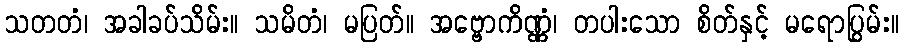
သတတံ၊ အခါခပ်သိမ်း။ သမိတံ၊ မပြတ်။ အဗ္ဗောကိဏ္ဏံ၊ တပါးသော စိတ်နှင့် မရောပြွမ်း။